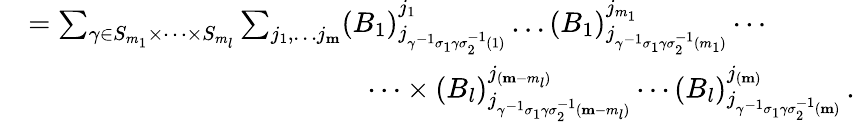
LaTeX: \begin{array}{rl}{}&{=\sum_{\gamma\in S_{m_{1}}\times\dots\times S_{m_{l}}}\sum_{j_{1},\dots j_{\mathbf{m}}}(B_{1})_{j_{\gamma^{-1}\sigma_{1}\gamma\sigma_{2}^{-1}(1)}}^{j_{1}}\dots(B_{1})_{j_{\gamma^{-1}\sigma_{1}\gamma\sigma_{2}^{-1}(m_{1})}}^{j_{m_{1}}}\cdots}\\ {}&{\qquad\qquad\qquad\qquad\qquad\qquad\cdots\times(B_{l})_{j_{\gamma^{-1}\sigma_{1}\gamma\sigma_{2}^{-1}(\mathbf{m}-m_{l})}}^{j_{(\mathbf{m}-m_{l})}}\cdots(B_{l})_{j_{\gamma^{-1}\sigma_{1}\gamma\sigma_{2}^{-1}(\mathbf{m})}}^{j_{(\mathbf{m})}}\, .}\end{array}